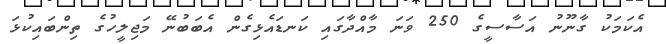
އެކަމަކު ގާނޫނު އަސާސީގެ 250 ވަނަ މާއްދާގައި ކަނޑައެޅިގެން އެބަބުނޭ މަޖިލީހުގެ ތިންބައިކުޅަ